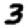
Digit: 3